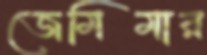
জেমিমার